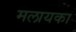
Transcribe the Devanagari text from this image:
मलायका